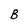
Character: B